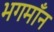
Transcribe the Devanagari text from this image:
भगमाँन